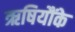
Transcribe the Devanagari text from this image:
ऋषियौंके